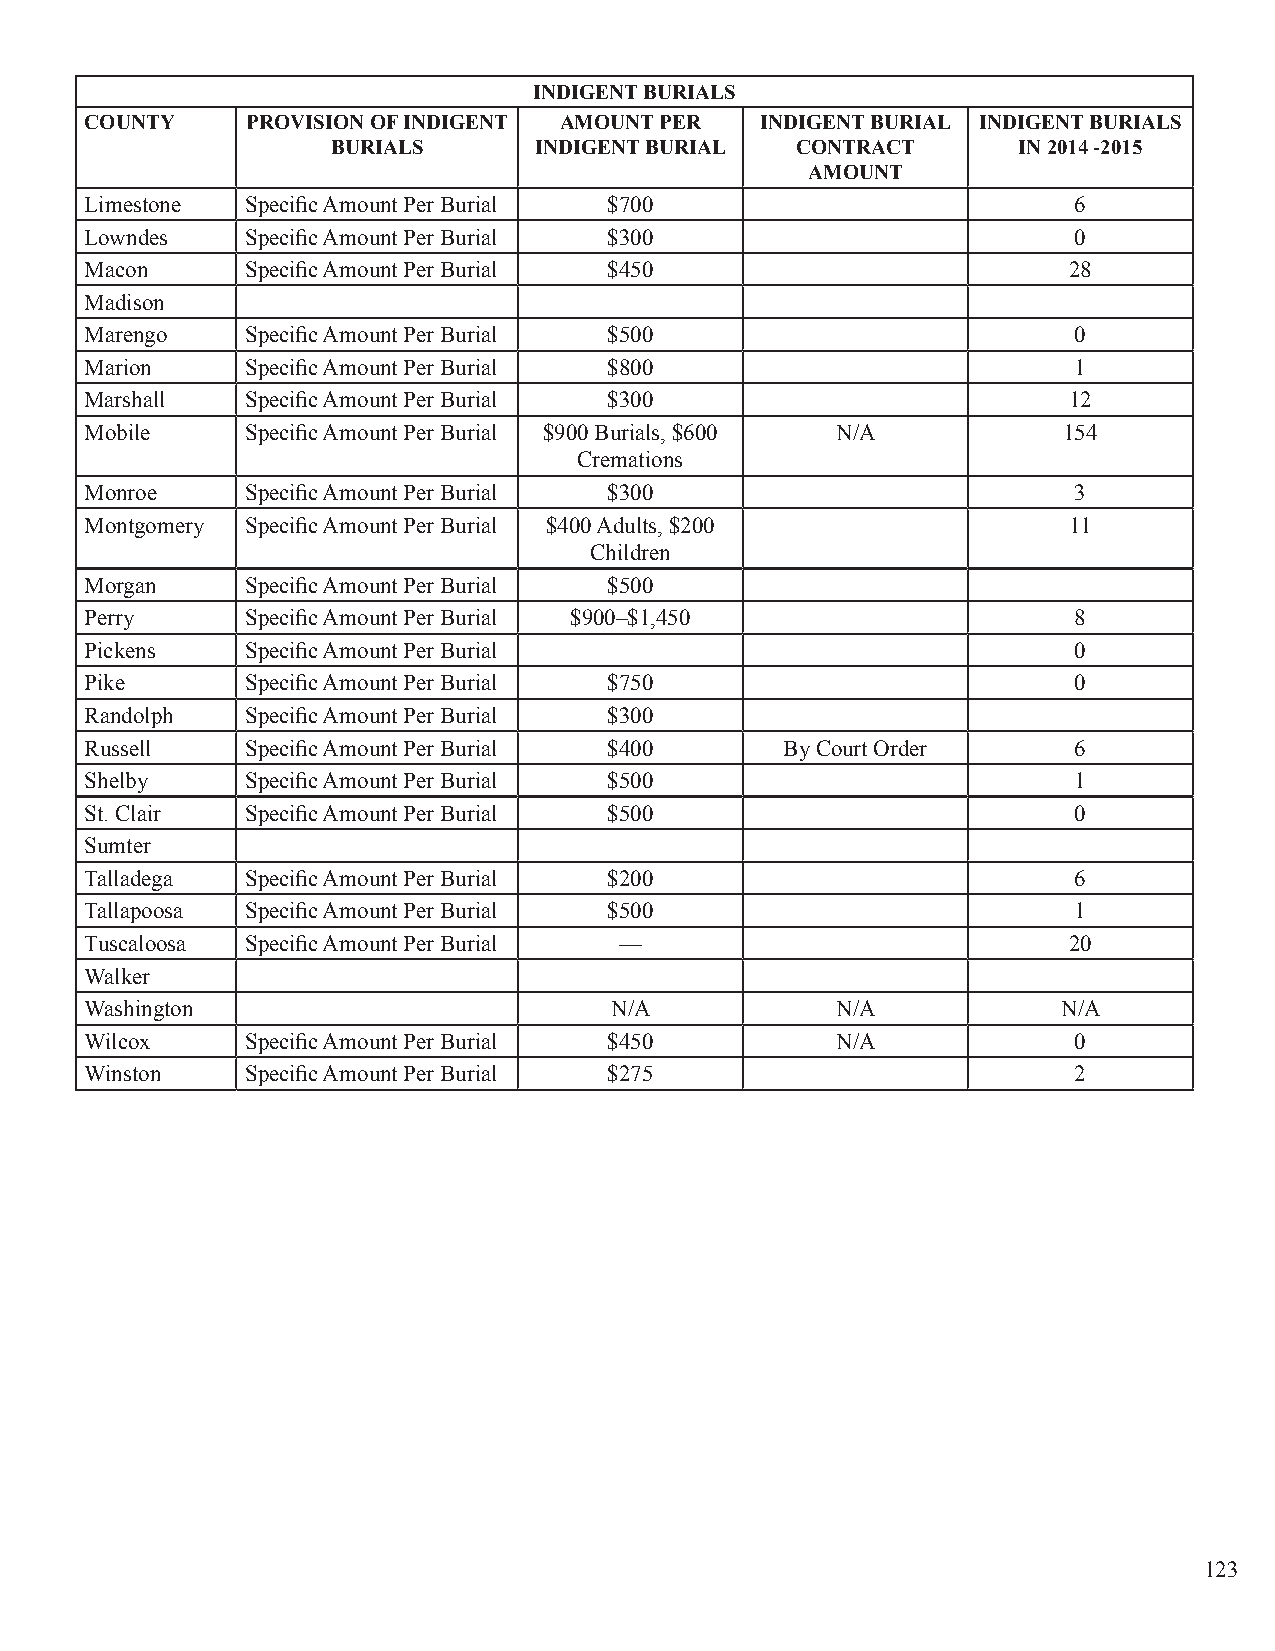
INDIGENT BURIALS
 COUNTY    PROVISION OF INDIGENT AMOUNT PER  INDIGENT BURIAL INDIGENT BURIALS
 BURIALS      INDIGENT BURIAL   CONTRACT      IN 2014 -2015
 AMOUNT
 Limestone Specific Amount Per Burial $700                        6
 Lowndes   Specific Amount Per Burial $300                        0
 Macon     Specific Amount Per Burial $450                        28
 Madison
 Marengo   Specific Amount Per Burial $500                        0
 Marion    Specific Amount Per Burial $800                        1
 Marshall  Specific Amount Per Burial $300                        12
 Mobile    Specific Amount Per Burial $900 Burials, $600 N/A     154
 Cremations
 Monroe    Specific Amount Per Burial $300                        3
 Montgomery Specific Amount Per Burial $400 Adults, $200          11
 Children
 Morgan    Specific Amount Per Burial $500
 Perry     Specific Amount Per Burial $900–$1,450                 8
 Pickens   Specific Amount Per Burial                             0
 Pike      Specific Amount Per Burial $750                        0
 Randolph  Specific Amount Per Burial $300
 Russell   Specific Amount Per Burial $400     By Court Order     6
 Shelby    Specific Amount Per Burial $500                        1
 St. Clair Specific Amount Per Burial $500                        0
 Sumter
 Talladega Specific Amount Per Burial $200                        6
 Tallapoosa Specific Amount Per Burial $500                       1
 Tuscaloosa Specific Amount Per Burial —                          20
 Walker
 Washington                        N/A            N/A            N/A
 Wilcox    Specific Amount Per Burial $450        N/A             0
 Winston   Specific Amount Per Burial $275                        2
 123